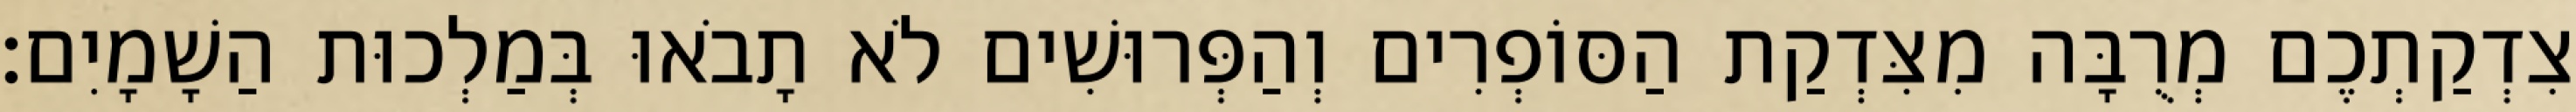
צִדְקַתְכֶם מְרֻבָּה מִצִּדְקַת הַסּוֹפְרִים וְהַפְּרוּשִׁים לֹא תָבֹאוּ בְּמַלְכוּת הַשָׁמָיִם׃